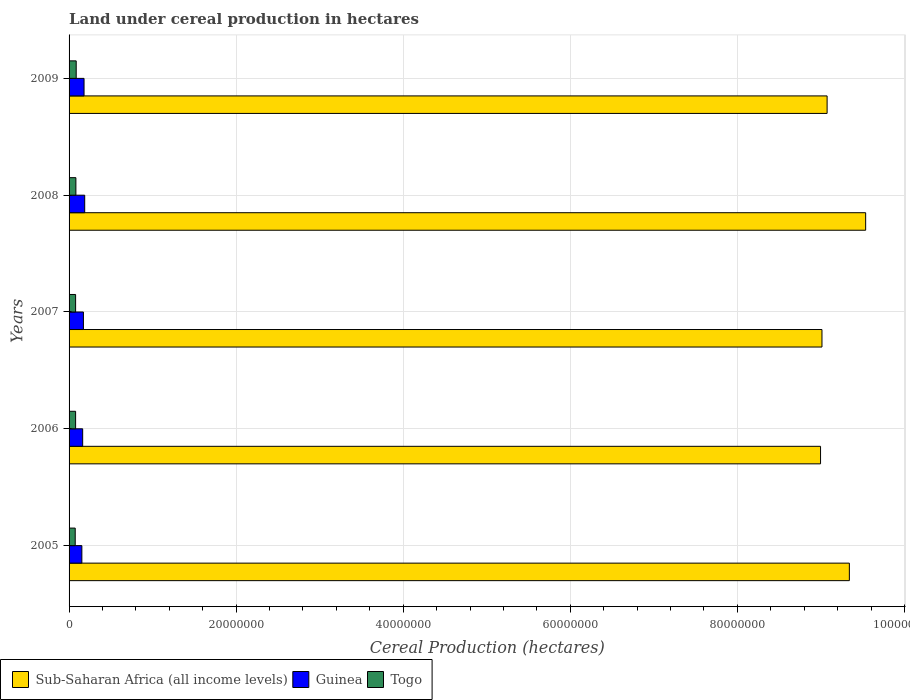
| Years | Sub-Saharan Africa (all income levels) | Guinea | Togo |
 | --- | --- | --- | --- |
 | 2005 | 9.34e+07 | 1.53e+06 | 7.36e+05 |
 | 2006 | 9e+07 | 1.63e+06 | 7.83e+05 |
 | 2007 | 9.01e+07 | 1.72e+06 | 7.82e+05 |
 | 2008 | 9.54e+07 | 1.87e+06 | 8.17e+05 |
 | 2009 | 9.07e+07 | 1.79e+06 | 8.54e+05 |